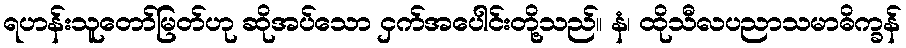
ရဟန်းသူတော်မြတ်ဟု ဆိုအပ်သော ငှက်အပေါင်းတို့သည်။ နံ၊ ထိုသီလပညာသမာဓိက္ခန်